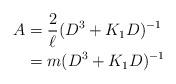
LaTeX: \begin{align*}A&=\frac{2}{\ell}(D^3+K_1D)^{-1}\\&=m(D^3+K_1D)^{-1}\end{align*}